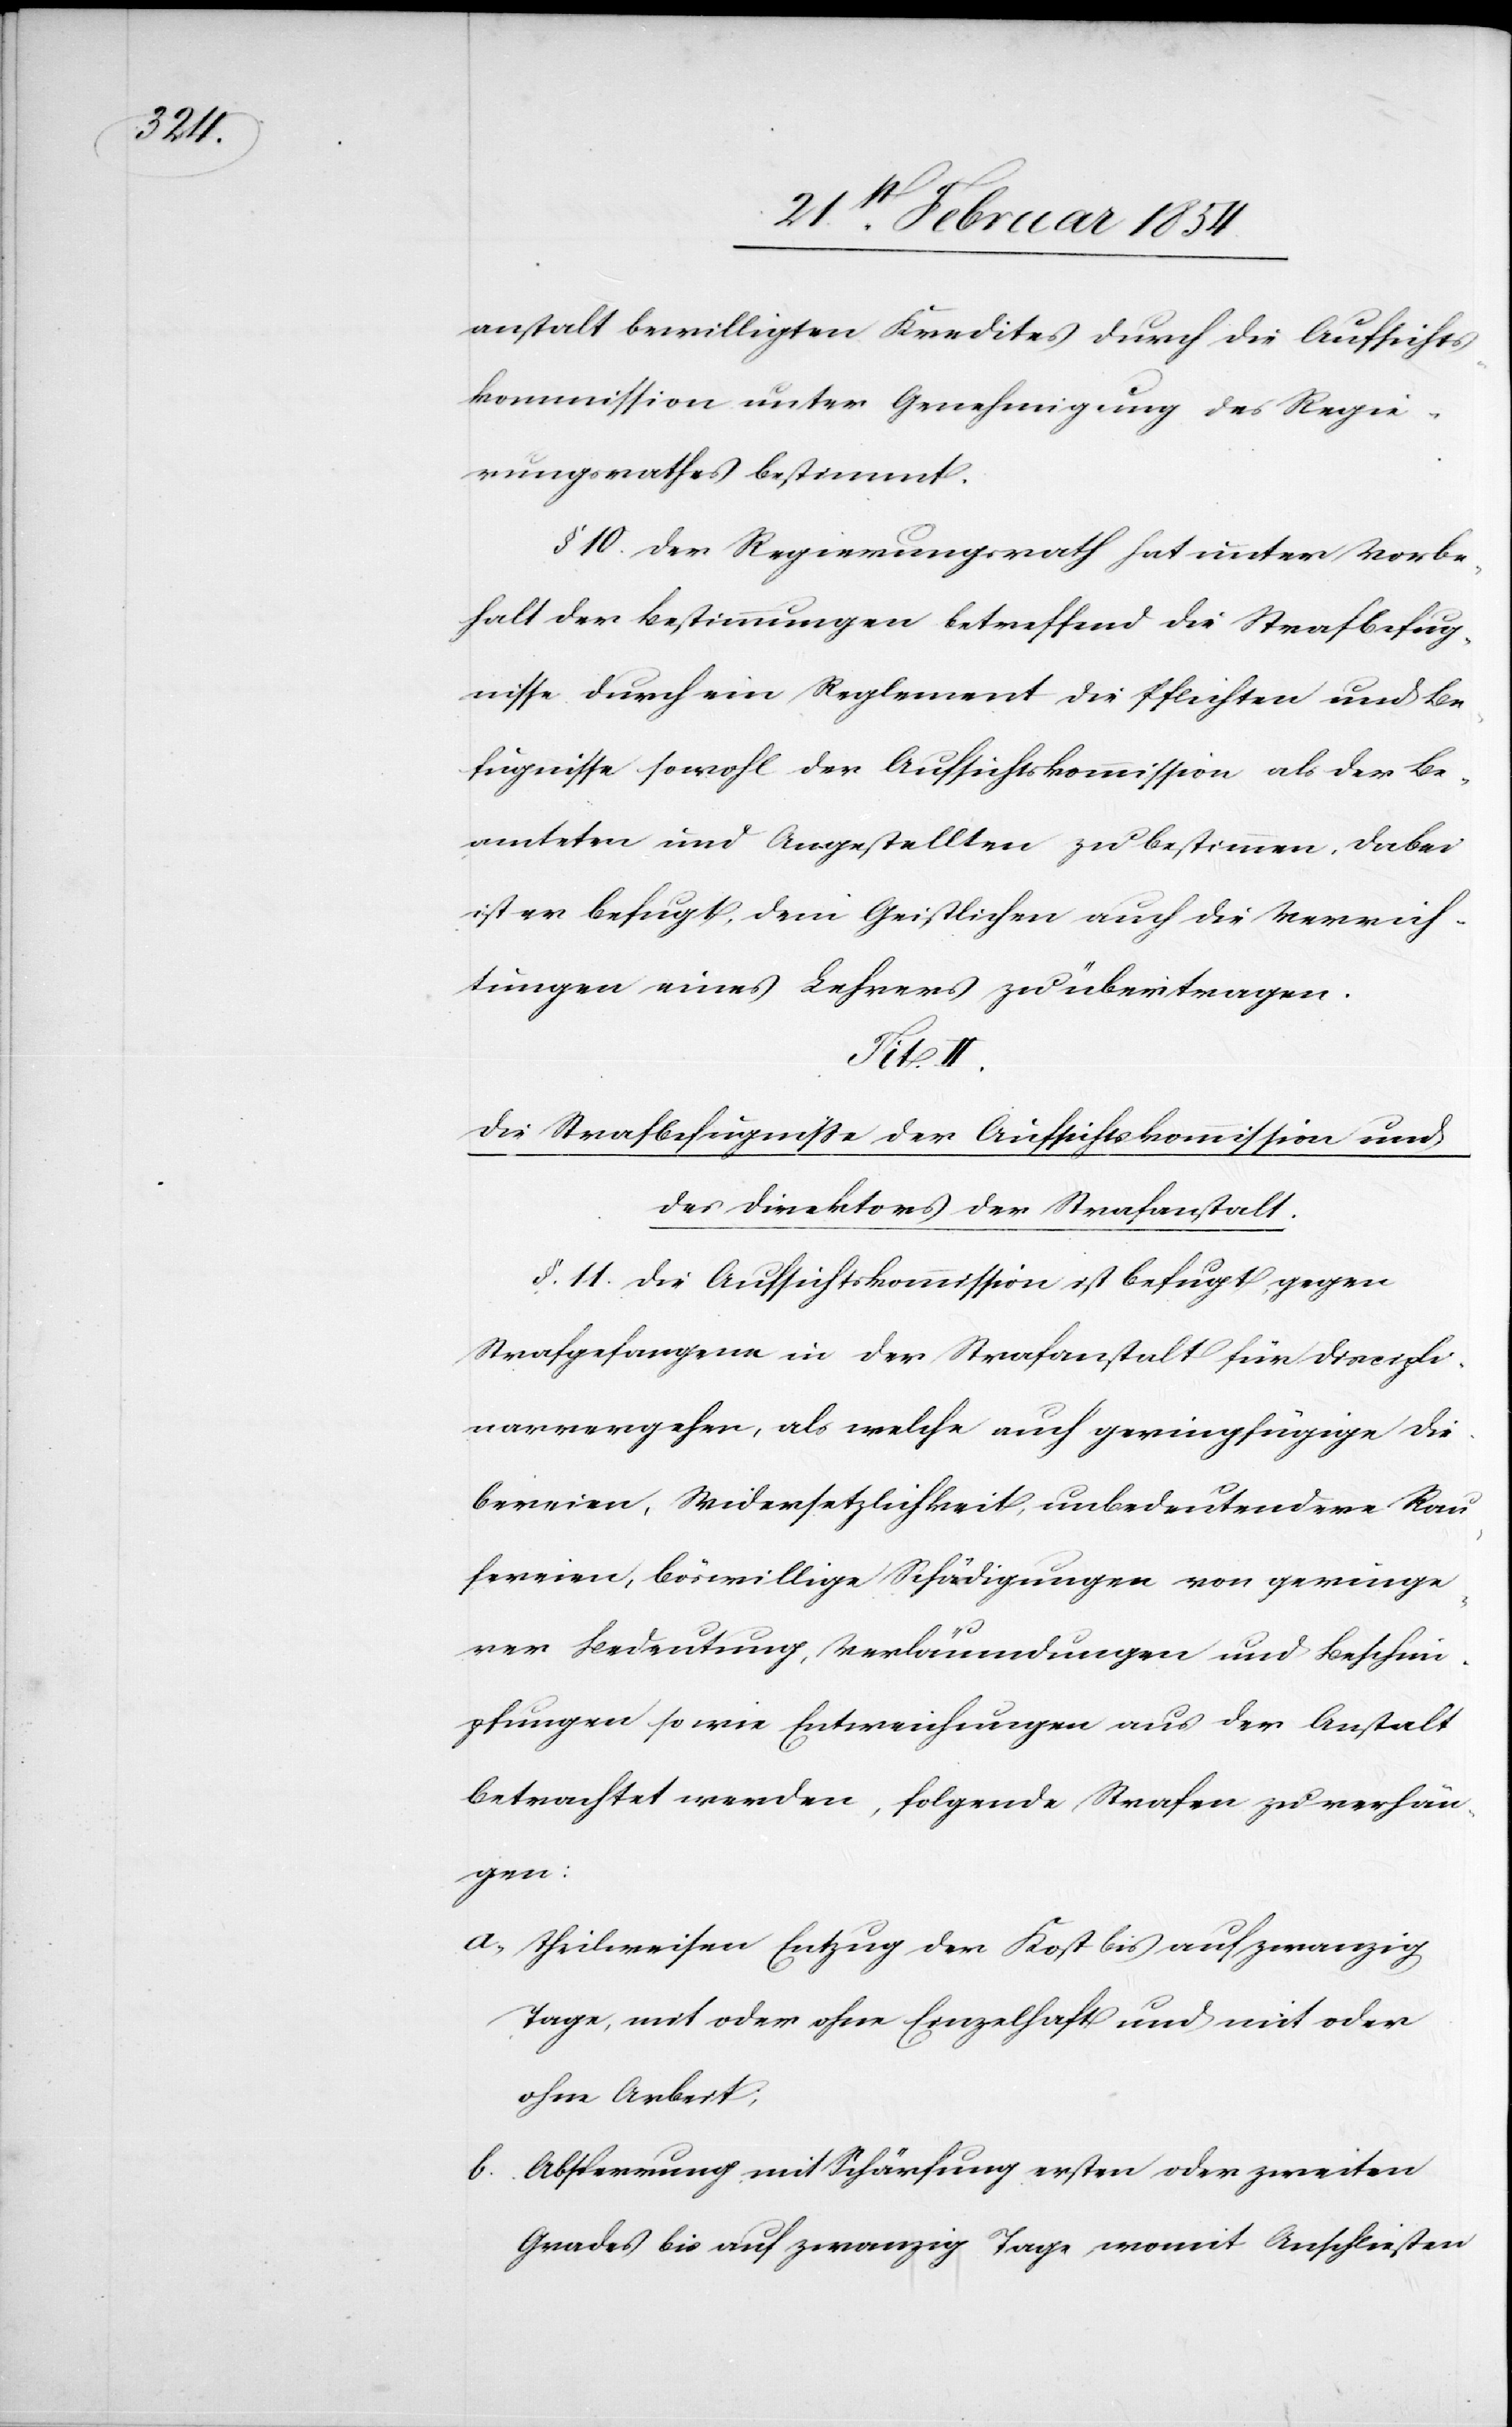
anstalt bewilligten Kredites durch die Aufsichts¬
kommission unter Genehmigung des Regie¬
rungsrathes bestimmt.
§ 10. Der Regierungsrath hat unter Vorbe¬
halt der Bestimmungen betreffend die Strafbefug¬
nisse durch ein Reglement die Pflichten und Be¬
fugnisse sowohl der Aufsichtskommission als der Be¬
amteten und angestellten zu bestimmen, dabei
ist er befugt, dem Geistlichen auch die Verrich¬
tungen eines Lehrers zu übertragen.
Tit.
Die Strafbefugnisse der Aufsichtskommission und
des Direktors der Strafanstalt.
§. 11. Die Aufsichtskommission ist befugt, gegen
Strafgefangene in der Strafanstalt für Diszipli¬
narvergehen, als welche auch geringfügige Die¬
bereien, Widersetzlichkeit, unbedeutendere Rau¬
fereien, böswillige Schädigungen von geringe¬
rer Bedeutung, Verläumdungen und Beschim¬
pfungen so wie Entweichungen aus der Anstalt
betrachtet werden, folgende Strafen zu verhän¬
gen:
a. theilweiser Entzug der Kost bis auf zwanzig
Tage, mit oder ohne Einzelhaft und mit oder
ohne Arbeit;
b. Absperrung mit Schärfung ersten oder zweiten
Grades bis auf zwanzig Tage, womit Anschließen